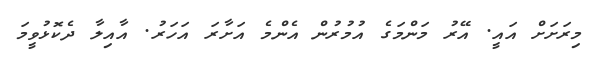
މިރަށަށް އައީ. އޭރު މަންމަގެ އުމުރުން އެންމެ އަށާރަ އަހަރު. އާއިލާ ދެކޮޅުވީމަ